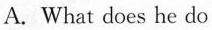
A.What does he do